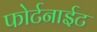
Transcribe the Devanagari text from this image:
फोर्टनाईट